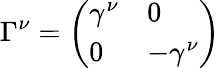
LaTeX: \Gamma^{\nu}=\left(\begin{array}{ll}{{\gamma^{\nu}}}&{{0}}\\ {{0}}&{{-\gamma^{\nu}}}\end{array}\right)